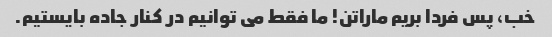
خب، پس فردا بریم ماراتن! ما فقط می توانیم در کنار جاده بایستیم.